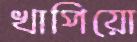
খাপিয়ো